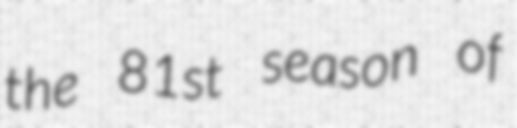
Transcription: the 81st season of